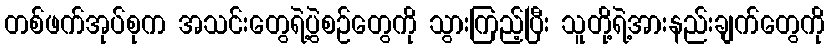
တစ်ဖက်အုပ်စုက အသင်းတွေရဲ့ပွဲစဉ်တွေကို သွားကြည့်ပြီး သူတို့ရဲ့အားနည်းချက်တွေကို